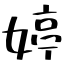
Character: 婷